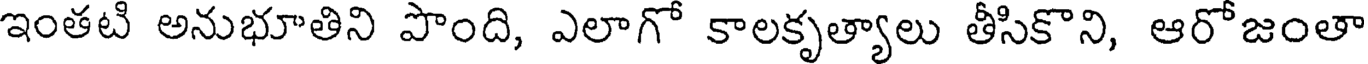
ఇంతటి అనుభూతిని పొంది, ఎలాగో కాలకృత్యాలు తీసికొని, ఆరోజంతా